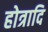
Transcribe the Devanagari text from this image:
होत्रादि